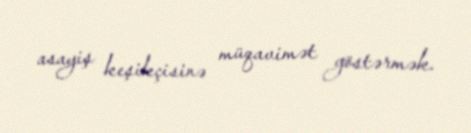
asayiş keşikçisinə müqavimət göstərmək.